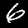
Digit: 6